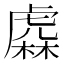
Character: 𧇥